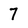
Character: 7